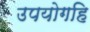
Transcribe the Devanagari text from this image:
उपयोगहि